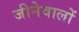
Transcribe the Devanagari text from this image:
जीनेवालों